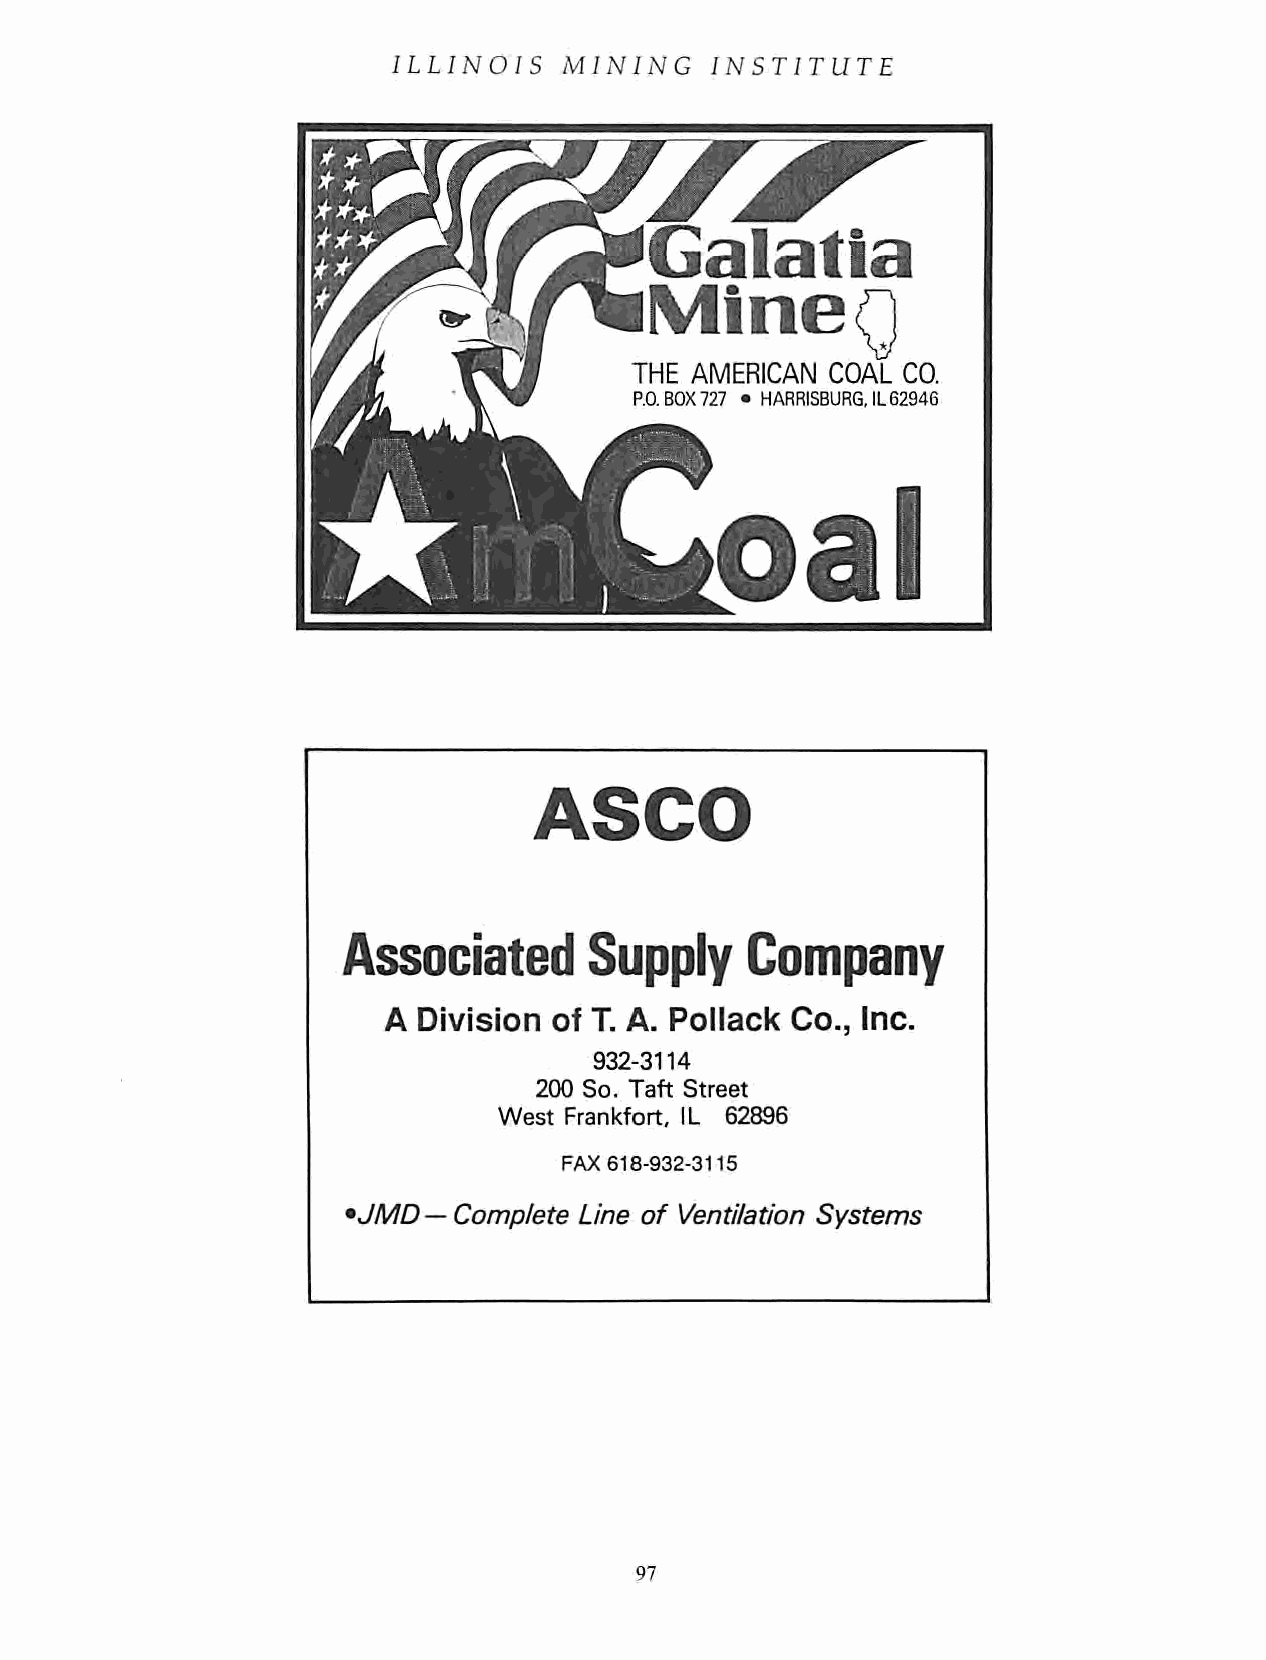
ILLINOIS   MINING    INSTITUTE
 Galatia
 Mine
 THE AMERICAN COAL CO.
 P.O.BOX727 • HARRISBURG.IL62946
 o     a    l
 ASCO
 Associated      Supply    Company
 A  Division of T. A. Pollack Co., Inc.
 932-3114
 200 So. Taft Street
 West Frankfort, IL 62896
 FAX 618-932-3115
 •JMD —Complete Line of Ventilation Systems
 07